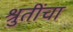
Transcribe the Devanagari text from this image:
श्रुतींचा